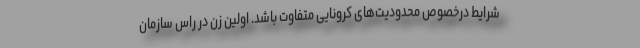
شرایط درخصوص محدودیت‌های کرونایی متفاوت باشد. اولین زن در راس سازمان